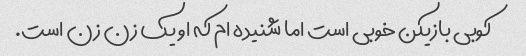
کوبی بازیکن خوبی است اما شنیده ام که او یک زن زن است.